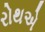
રોથએ